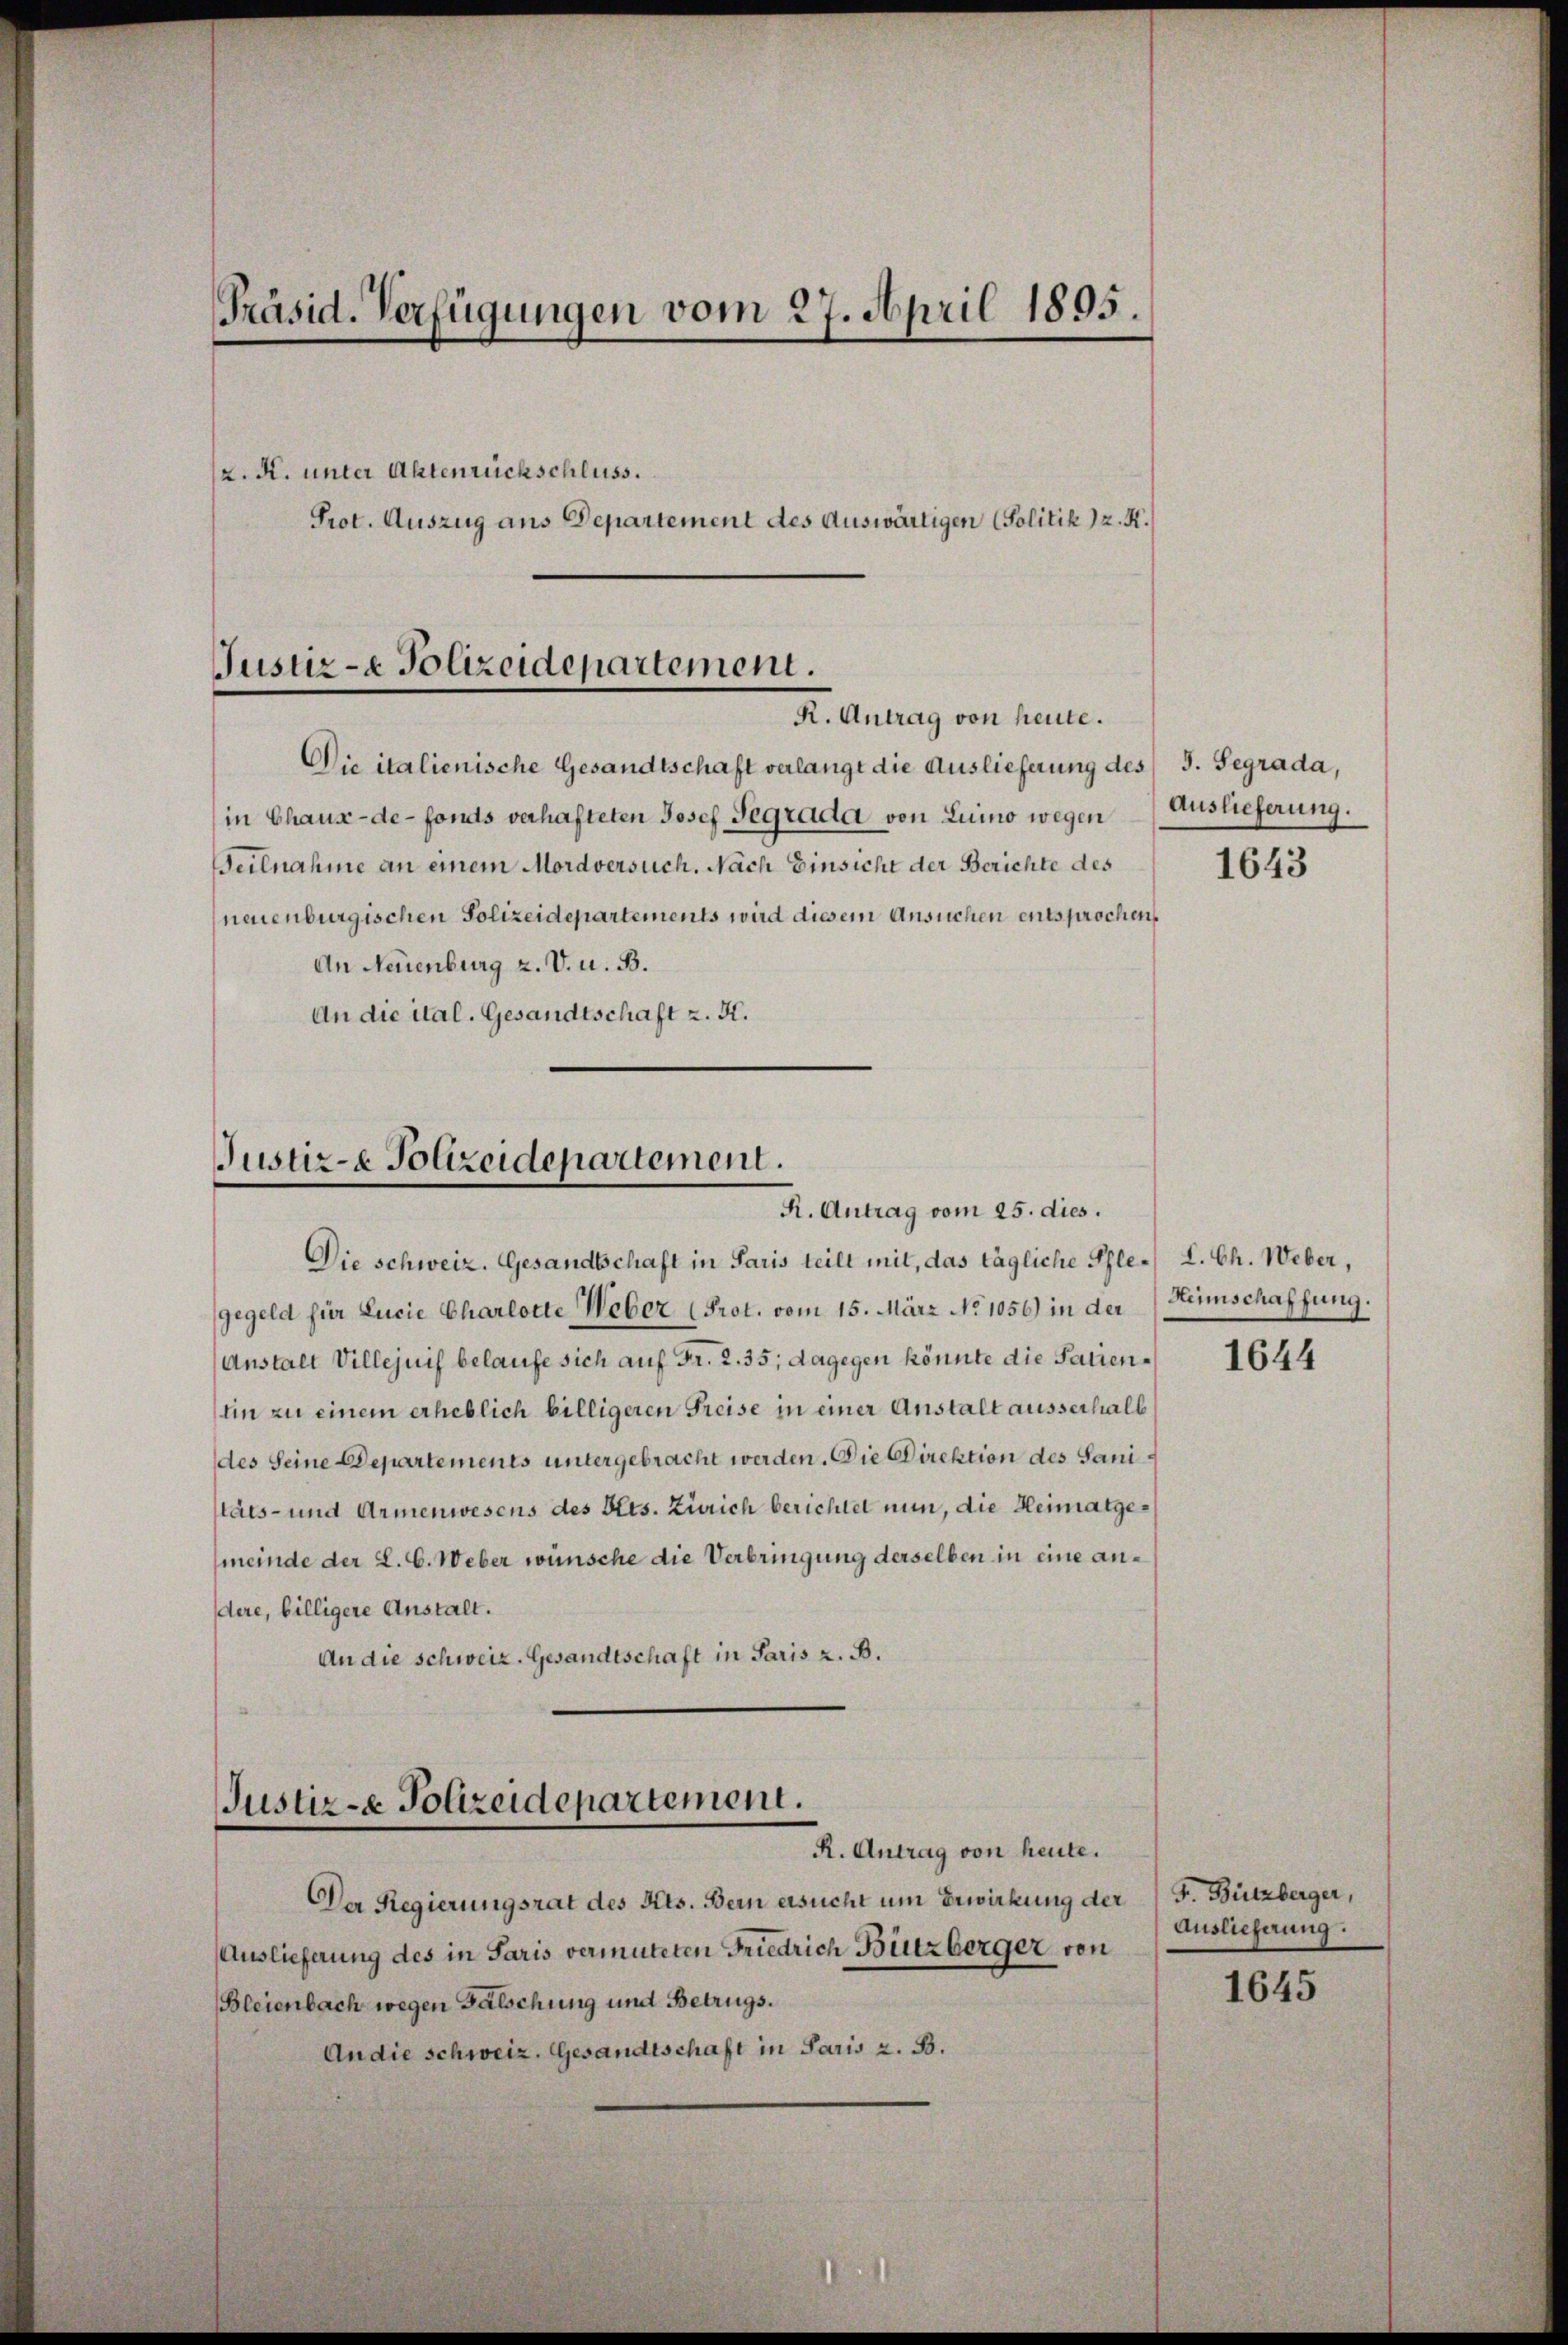
Präsid. Verfügungen vom 27. April 1895.
z. R. unter Aktenrückschluss.
Prot. Auszug aus Departement des Auswärtigen (Politik) z. K.

Teilnahme an einem Mordversuch. Nach Einsicht der Berichte des

Justiz- & Polizeidepartement.
R. Antrag von heute.

Die italienische Gesandtschaft verlangt die Auslieferung des J. Segrada,
in Chaux-de-Fonds verhafteten Josef Segrada von Luino wegen Auslieferung.
neuenburgischen Polizeidepartements wird diesem Ansuchen entsprochen
An Neuenburg z. V. u. B.
An die ital. Gesandtschaft z. K.

Justiz- & Polizeidepartement.
R. Antrag vom 25. dies.

Justiz- & Polizeidepartement.
R. Antrag von heute.

Die schweiz. Gesandtschaft in Paris teilt mit, das tägliche Pfle- L. Ch. Weber,
gegeld für Lucie Charlotte Weber (Prot. vom 15. März No 1056) in der
Anstalt Villejuif belaufe sich auf Fr. 2. 35; dagegen könnte die Patienlin zu einem erheblich billigeren Freise in einer Anstalt ausserhalb
des Seine Departements untergebracht werden. Die Direktion des Sanitäts- und Armenwesens des Kts. Zürich berichtet nun, die Heimatge¬
(meinde der L. C. Weber wünsche die Verbringung derselben in eine andere, billigere Anstalt.
An die Schweiz. Gesandtschaft in Paris z. B.

Der Regierungsrat des Kts. Bern ersucht um Erwirkung der F. Bützberger,
Auslieferung des in Paris vermuteten Friedrich Bützberger von
Bleienbach wegen Falschung und Betrugs.
An die schweiz. Gesandtschaft in Paris z. B.

1643

Heimschaffung.

1644

Auslieferung:

1645